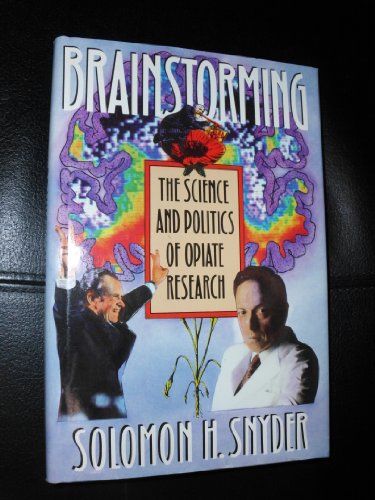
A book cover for Brainstorming: The Science and Politics of Opiate Research; Solomon Snyder; Medical Books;